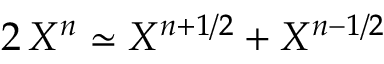
2 \, X ^ { n } \simeq X ^ { n + 1 / 2 } + X ^ { n - 1 / 2 }